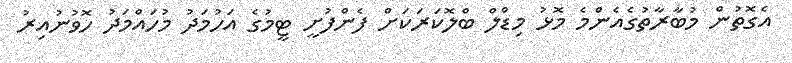
އެގޮތުން މުބާރާތުގެއެންމެ މޮޅު މިޑްލް ބްލޮކަރަކަށް ފެންފުށީ ޓީމުގެ އަހުމަދު މުހައްމަދު ހޮވުނުއިރު